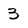
Character: 3